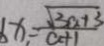
b x _ { 1 } = \frac { \sqrt { 3 a + 3 } } { a + 1 }